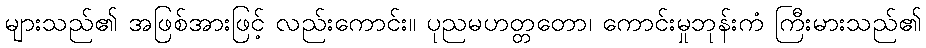
များသည်၏ အဖြစ်အားဖြင့် လည်းကောင်း။ ပုညမဟတ္တတော၊ ကောင်းမှုဘုန်းကံ ကြီးမားသည်၏